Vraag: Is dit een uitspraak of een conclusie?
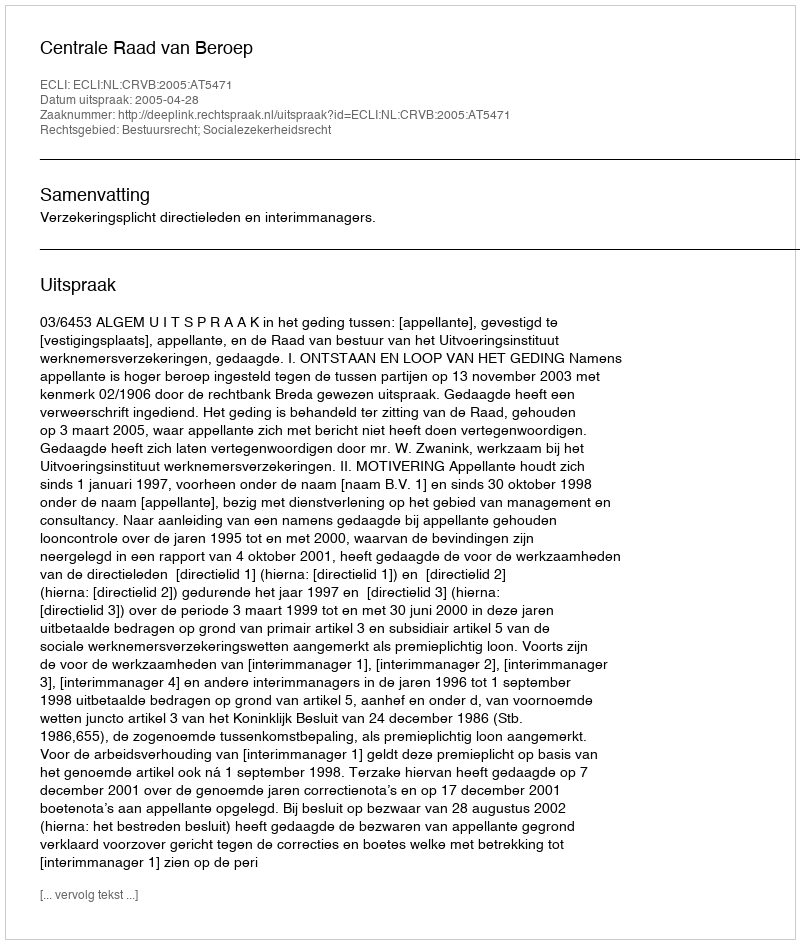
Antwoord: Uitspraak